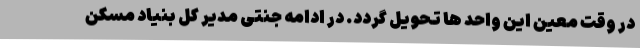
در وقت معین این واحد ها تحویل گردد. در ادامه جنتی مدیر کل بنیاد مسکن